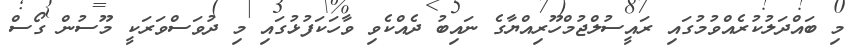
މި ބައްދަލުކުރެއްވުމުގައި ރައީސުލްޖުމްހޫރިއްޔާގެ ނައިބު ދެއްކެވި ވާހަކަފުޅުގައި މި ދުވަސްވަރަކީ މޫސުން ގޯސް